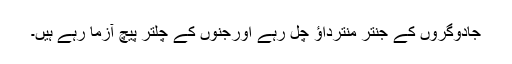
جادوگروں کے جنتر منترداؤ چل رہے اورجنوں کے چلتر پیچ آزما رہے ہیں۔